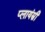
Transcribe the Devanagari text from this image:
प्लायंस्री